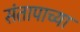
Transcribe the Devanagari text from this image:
संतापाच्या